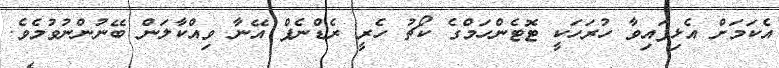
އެކަމަށް އެޅިފައިވާ ހުރަހަކީ ޓޮޓެންހަމްގެ ކޯޗު ހެރީ ރެޑްނެޕް އޭނާ ވިއްކާލަން ބޭނުންނުވުމެވެ.